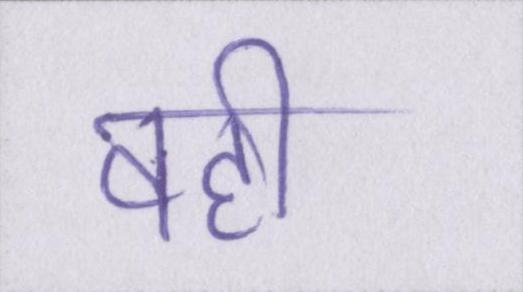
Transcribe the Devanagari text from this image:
वही